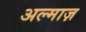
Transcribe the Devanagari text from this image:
अल्माज़